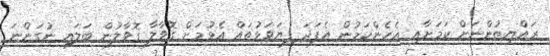
ރައްޔިތުންނަށް ކަމަށާއި އެހެންކަމުން އެފަދަ ފިޔަވަޅުތައް އެޅުމަށް ގޮވާލާ ގޮވާލުން ބަލައި ނުގަންނަ